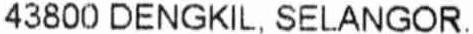
43800 DENGKIL, SELANGOR.